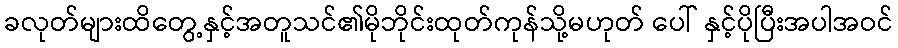
ခလုတ်များထိတွေ့နှင့်အတူသင်၏မိုဘိုင်းထုတ်ကုန်သို့မဟုတ် ပေါ် နှင့်ပိုပြီးအပါအဝင်